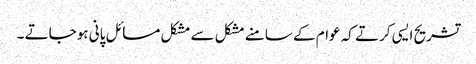
تشریح ایسی کرتے کہ عوام کے سامنے مشکل سے مشکل مسائل پانی ہوجاتے ۔